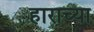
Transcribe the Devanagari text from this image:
हाराच्या